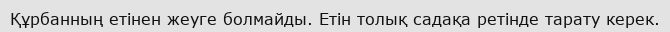
Құрбанның етінен жеуге болмайды. Етін толық садақа ретінде тарату керек.